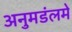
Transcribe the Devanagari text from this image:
अनुमडंलमे